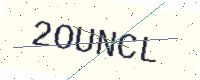
Text: 2OUNCL